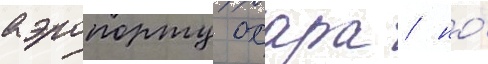
аэропорту охара / но́